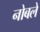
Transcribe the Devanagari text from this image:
नोबले